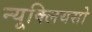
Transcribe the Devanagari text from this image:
न्यूक्लियसो